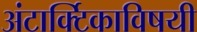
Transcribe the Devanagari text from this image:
अंटार्क्टिकाविषयी